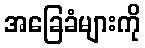
အခြေခံများကို